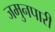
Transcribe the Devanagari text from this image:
जमुनपारी